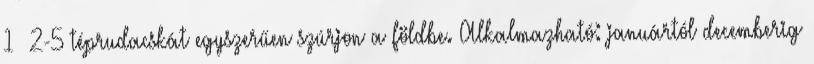
1 2-5 téprudacskát egyszerűen szúrjon a földbe. Alkalmazható: januártól decemberig